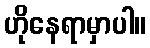
ဟိုနေရာမှာပါ။